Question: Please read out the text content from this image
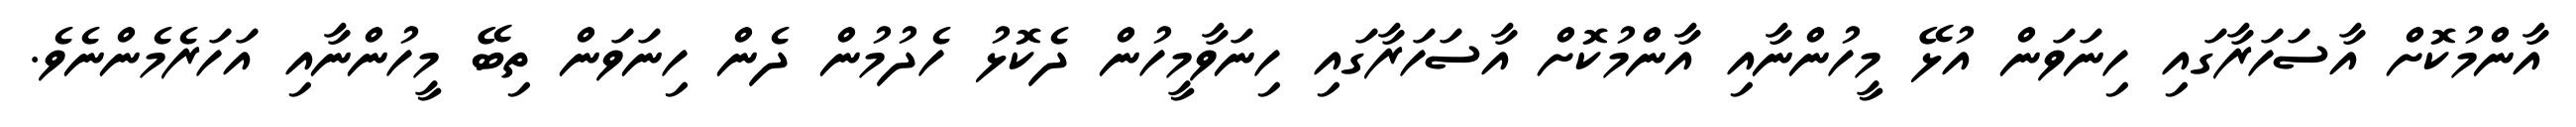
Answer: އާންމުކޮށް އާސަހަރާގައި ހިނަވަން އުޅޭ މީހުންނާއި އާންމުކޮށް އާސަހަރާގައި ހިނަވާމީހުން ދެކޮޅު ހެދުމުން ދެން ހިނަވަން ތިބޭ މީހުންނާއި އަހަރެމެންނެވެ.